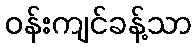
ဝန်းကျင်ခန့်သာ